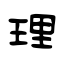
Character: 理